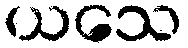
ယသေ